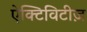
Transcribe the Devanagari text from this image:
ऐक्टिविटीज़